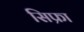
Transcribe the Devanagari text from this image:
सिफ्रा